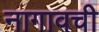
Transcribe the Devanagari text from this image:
नागावची